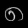
Digit: ၈